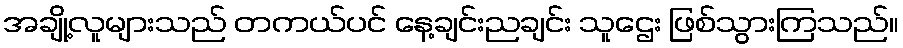
အချို့လူများသည် တကယ်ပင် နေ့ချင်းညချင်း သူဌေး ဖြစ်သွားကြသည်။